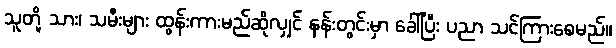
သူတို့ သား၊ သမီးများ ထွန်းကားမည်ဆိုလျှင် နန်းတွင်းမှာ ခေါ်ပြီး ပညာ သင်ကြားစေမည်။